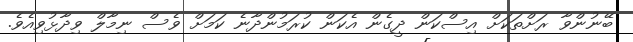
ބޭނުންވާ ރަށްތަކަށް އިސްކަން ދީގެން އެކަން ކުރަމުންދާނެ ކަމަށް ވެސް ނިމާލް ވިދާޅުވިއެވެ.